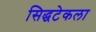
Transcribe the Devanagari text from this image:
सिद्धटेकला